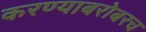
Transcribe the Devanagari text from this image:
करण्‍याबरोबरच